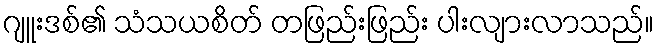
ဂျူးဒစ်၏ သံသယစိတ် တဖြည်းဖြည်း ပါးလျားလာသည်။